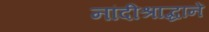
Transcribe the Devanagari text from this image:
नांदीश्राद्धानें